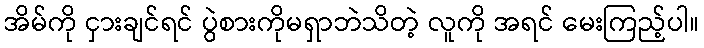
အိမ်ကို ငှားချင်ရင် ပွဲစားကိုမရှာဘဲသိတဲ့ လူကို အရင် မေးကြည့်ပါ။